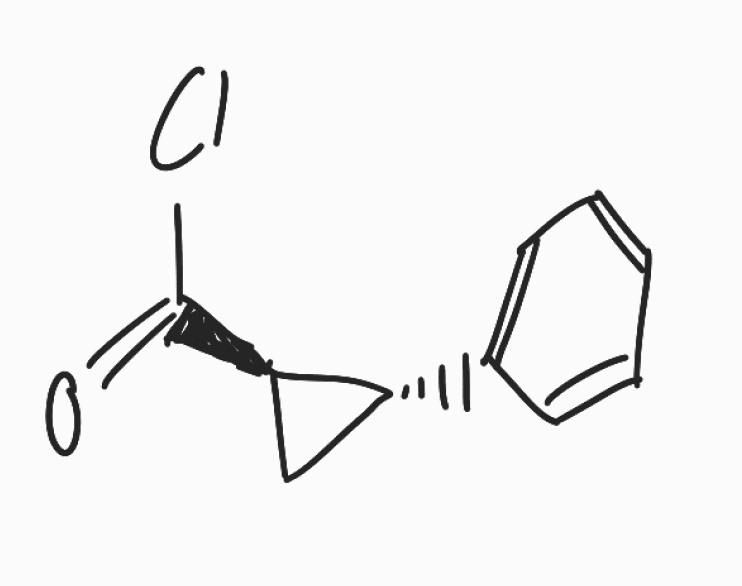
Simplified molecular-input line-entry system (SMILES) notation of the given molecule:
C1[C@H]([C@@H]1C(=O)Cl)C2=CC=CC=C2